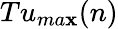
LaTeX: Tu_{ma\mathbf{x}}(n)